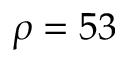
\rho = 5 3